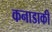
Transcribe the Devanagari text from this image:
कनाडाकी